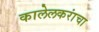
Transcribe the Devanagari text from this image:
कालेलकरांचा